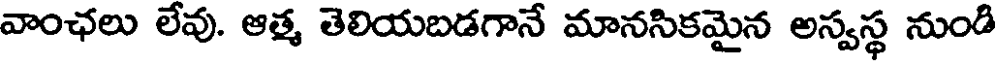
వాంఛలు లేవు. ఆత్మ తెలియబడగానే మానసికమైన అస్వస్థ నుండి